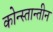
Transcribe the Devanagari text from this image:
कोन्स्तान्तीन